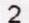
2